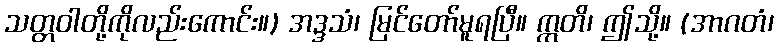
သတ္တဝါတို့ကိုလည်းကောင်း။) အဒ္ဒသံ၊ မြင်တော်မူရပြီ။ ဣတိ၊ ဤသို့။ (အာဂတံ၊